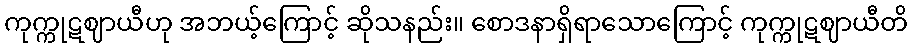
ကုက္ကုဋဈာယီဟု အဘယ့်ကြောင့် ဆိုသနည်း။ စောဒနာရှိရာသောကြောင့် ကုက္ကုဋဈာယီတိ